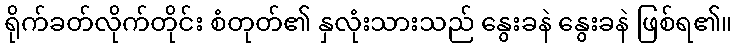
ရိုက်ခတ်လိုက်တိုင်း စံတုတ်၏ နှလုံးသားသည် နွေးခနဲ နွေးခနဲ ဖြစ်ရ၏။